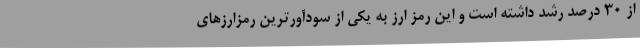
از 30 درصد رشد داشته است و این رمز ارز به یکی از سودآورترین رمزارزهای